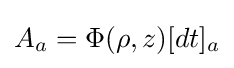
A_{a}=\Phi (\rho ,z)[dt]_{a}